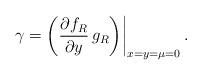
LaTeX: \begin{align*}\gamma = \left( \frac{\partial f_R}{\partial y} \,g_R \middle) \right|_{x = y = \mu = 0}.\end{align*}